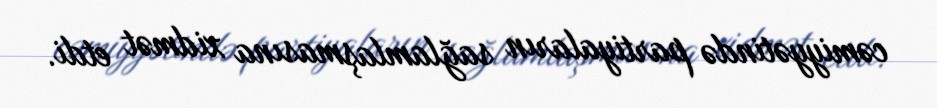
cəmiyyətində partiyaların sağlamlaşmasına xidmət etdi.